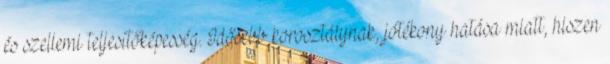
és szellemi teljesítőképesség. Idősebb korosztálynak, jótékony hatása miatt, hiszen